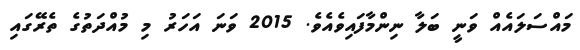
މައްސަލައެއް ވަނީ ބަލާ ނިންމާފައިވެއެވެ. 2015 ވަނަ އަހަރު މި މުއްދަތުގެ ތެރޭގައި